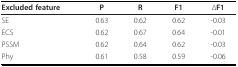
| Excluded feature | P | R | F1 | ΔF1 |
 | --- | --- | --- | --- | --- |
 | SE | 0.63 | 0.62 | 0.62 | -0.03 |
 | ECS | 0.62 | 0.67 | 0.64 | -0.01 |
 | PSSM | 0.62 | 0.64 | 0.62 | -0.03 |
 | Phy | 0.61 | 0.58 | 0.59 | -0.06 |